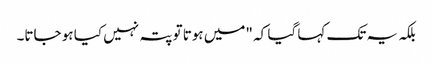
بلکہ یہ تک کہا گیا کہ "میں ہوتا تو پتہ نہیں کیا ہو جاتا۔